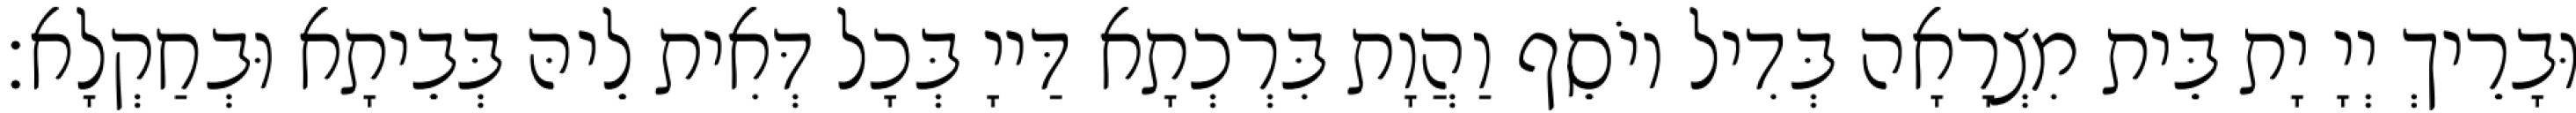
וּבָרֵיךְ יְיָ יָת בֵּית מִצְרָאָה בְּדִיל יוֹסֵף וַהֲוָת בִּרְכְתָא דַּייָ בְּכָל דְּאִית לֵיהּ בְּבֵיתָא וּבְחַקְלָא׃